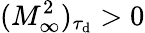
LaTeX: (M_{\infty}^{2})_{\tau_{\mathrm{d}}}>0